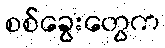
စစ်ခွေးတွေက